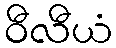
ဝီလီယံ